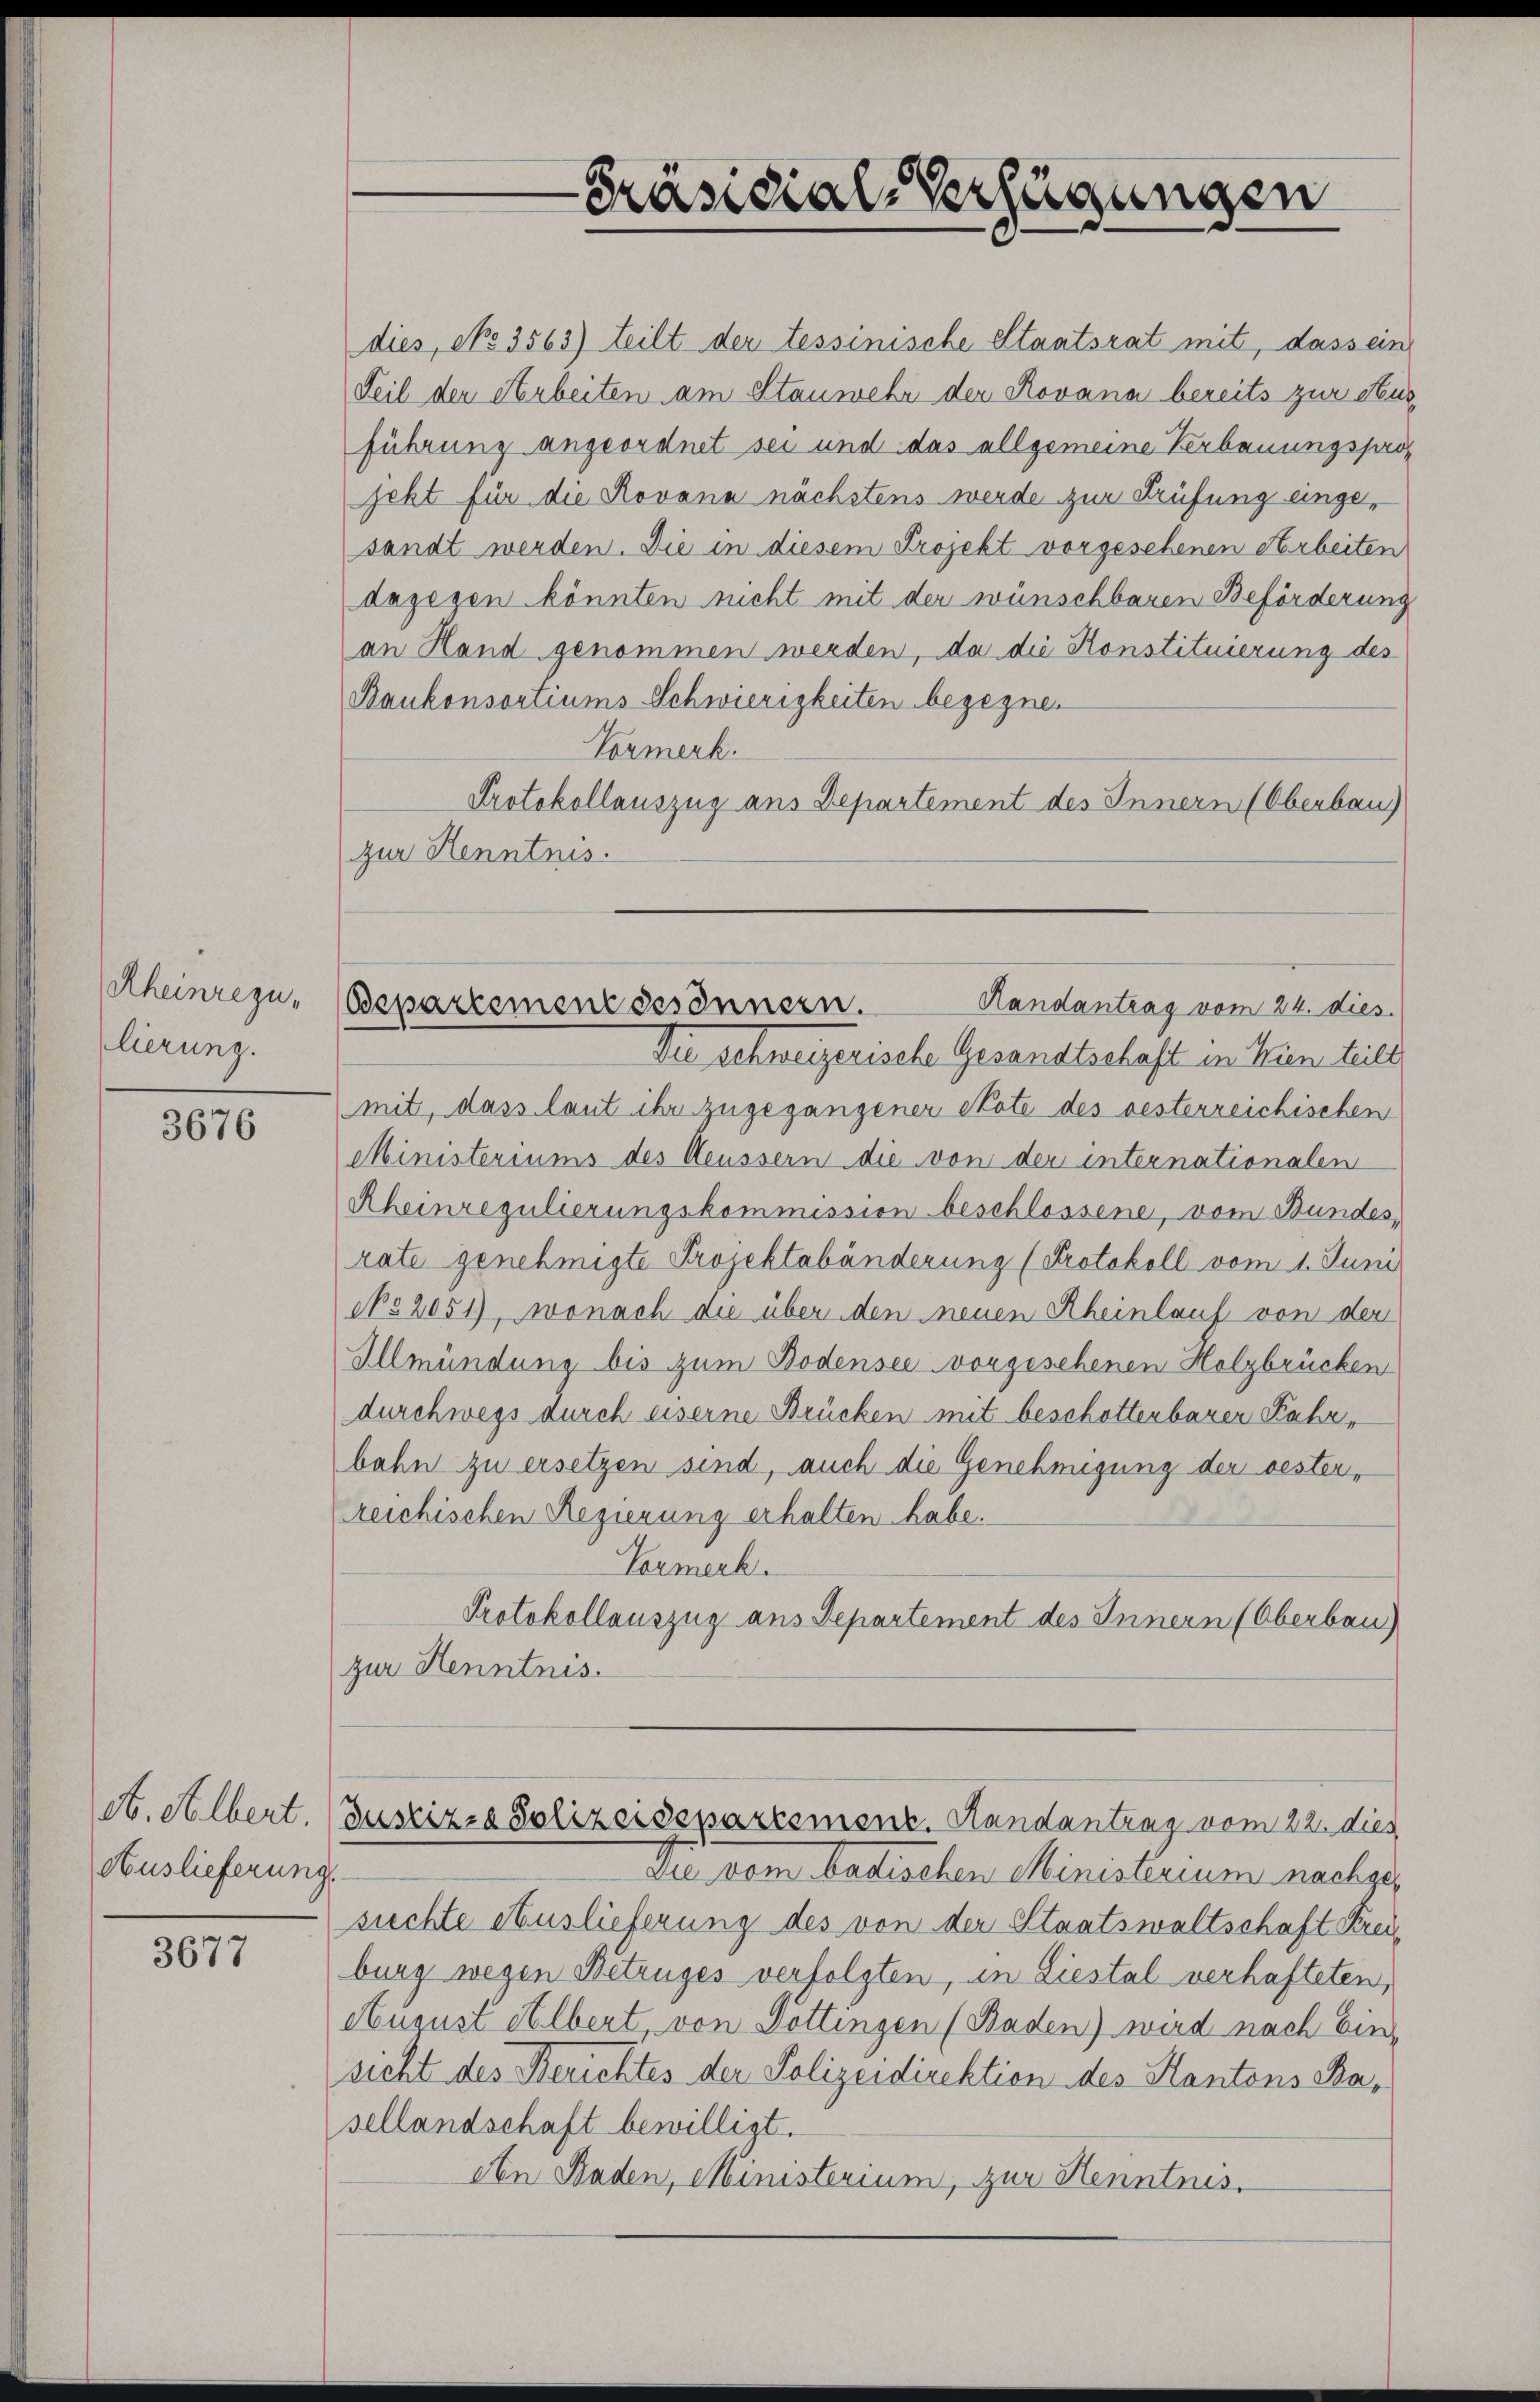
Rheinrezu,
lierung.

3676

Auslieferung

3677

Präsidial-Verfügungen

dies, po 3563) teilt der tessinische Staatsrat mit, dass ein
Teil der Arbeiten am Stanwehr der Rovana bereits zur Ausführung angeordnet sei und das allgemeine Verbauungsprojeht für die Rovana nächstens werde zur Prüfung eingesandt werden. Die in diesem Projekt vorgesehenen Arbeiten
dagegen könnten nicht mit der wünschbaren Beförderung
an Hand genommen werden, da die Konstituierung des
Baukonsortiums Schwierigkeiten begegnen
Vormerk.
Protokollauszug aus Departement des Innern (Oberbau
zur Henntnis.

Die schweizerische Gesandtschaft in Wien teilt
mit, dass laut ihr zugegangener State des oesterreichischen
Ministeriums des Aeussern die von der internationalen
Rheinregulierungskommission beschlossene, vom Bundes,
rate genehmigte Projektabänderung (Protokoll vom 1. Juni
No 2051), wonach die über den neuen Rheinlauf von der
Illmündung bis zum Bodensee vorgesehenen Holzbrücken
durchwegs durch eiserne Brücken mit beschottenbaren Fahrbahn zu ersetzen sind, auch die Genehmigung der bester,
reichischen Regierung erhalten habe.
Vormerk.
Protokollauszug aus Departement des Innern (Oberbau)
zur Henntnis.

Randantrag vom 24. dies
Bepartemene sesinnern.

et. Albert. (Justiz- & Polizeisepartement. Randantrag vom 22. dies

.
Die vom badischen Ministerium nachgesichte Auslieferung des von der Staatswaltschaft Kreiburg wegen Betruges verfolgten, in Liestal verhafteten,
August Albert, von Pottingen (Baden) wird nach Ein-
sicht des Berichtes der Polizeidirektion des Kantons Ba-
sellandschaft bewilligt.
An Baden, Ministerium, zur Henntnis.